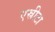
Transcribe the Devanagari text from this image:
एस्रीटा